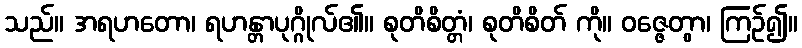
သည်။ အရဟတော၊ ရဟန္တာပုဂ္ဂိုလ်၏။ စုတိစိတ္တံ၊ စုတိစိတ် ကို။ ဝဇ္ဇေတွာ၊ ကြဉ်၍။